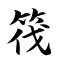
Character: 筏